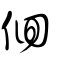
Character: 佪